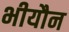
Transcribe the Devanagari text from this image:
भीयौन